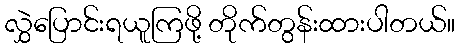
လွှဲပြောင်းရယူကြဖို့ တိုက်တွန်းထားပါတယ်။